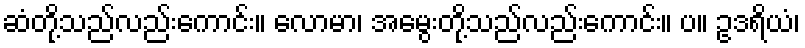
ဆံတို့သည်လည်းကောင်း။ လောမာ၊ အမွေးတို့သည်လည်းကောင်း။ ပ။ ဥဒရိယံ၊